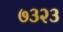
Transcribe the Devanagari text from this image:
७३२३